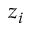
z _ { i }